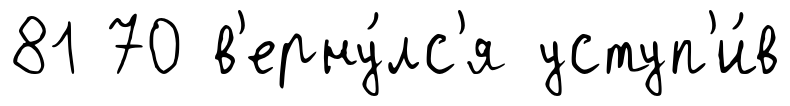
81 70 в'ерну́лс'я уступ'и́в